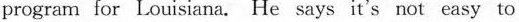
program for Louisiana. He says it's not easy to